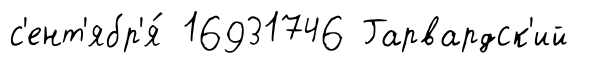
с'ент'ябр'я́ 16931746 Гарвардск'ий